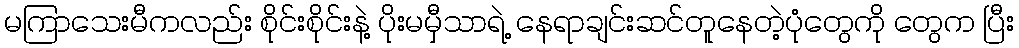
မကြာသေးမီကလည်း စိုင်းစိုင်းနဲ့ ပိုးမမှီသာရဲ့ နေရာချင်းဆင်တူနေတဲ့ပုံတွေကို တွေက ပြီး